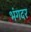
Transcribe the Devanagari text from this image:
भंगदर